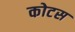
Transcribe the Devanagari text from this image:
कोटस